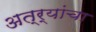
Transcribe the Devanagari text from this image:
अत्र्यांचा